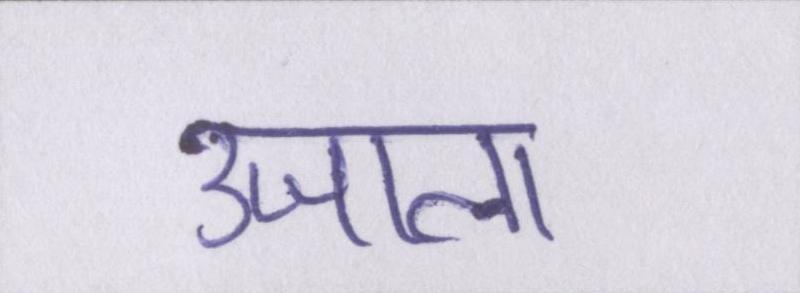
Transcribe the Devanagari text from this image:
उजाला